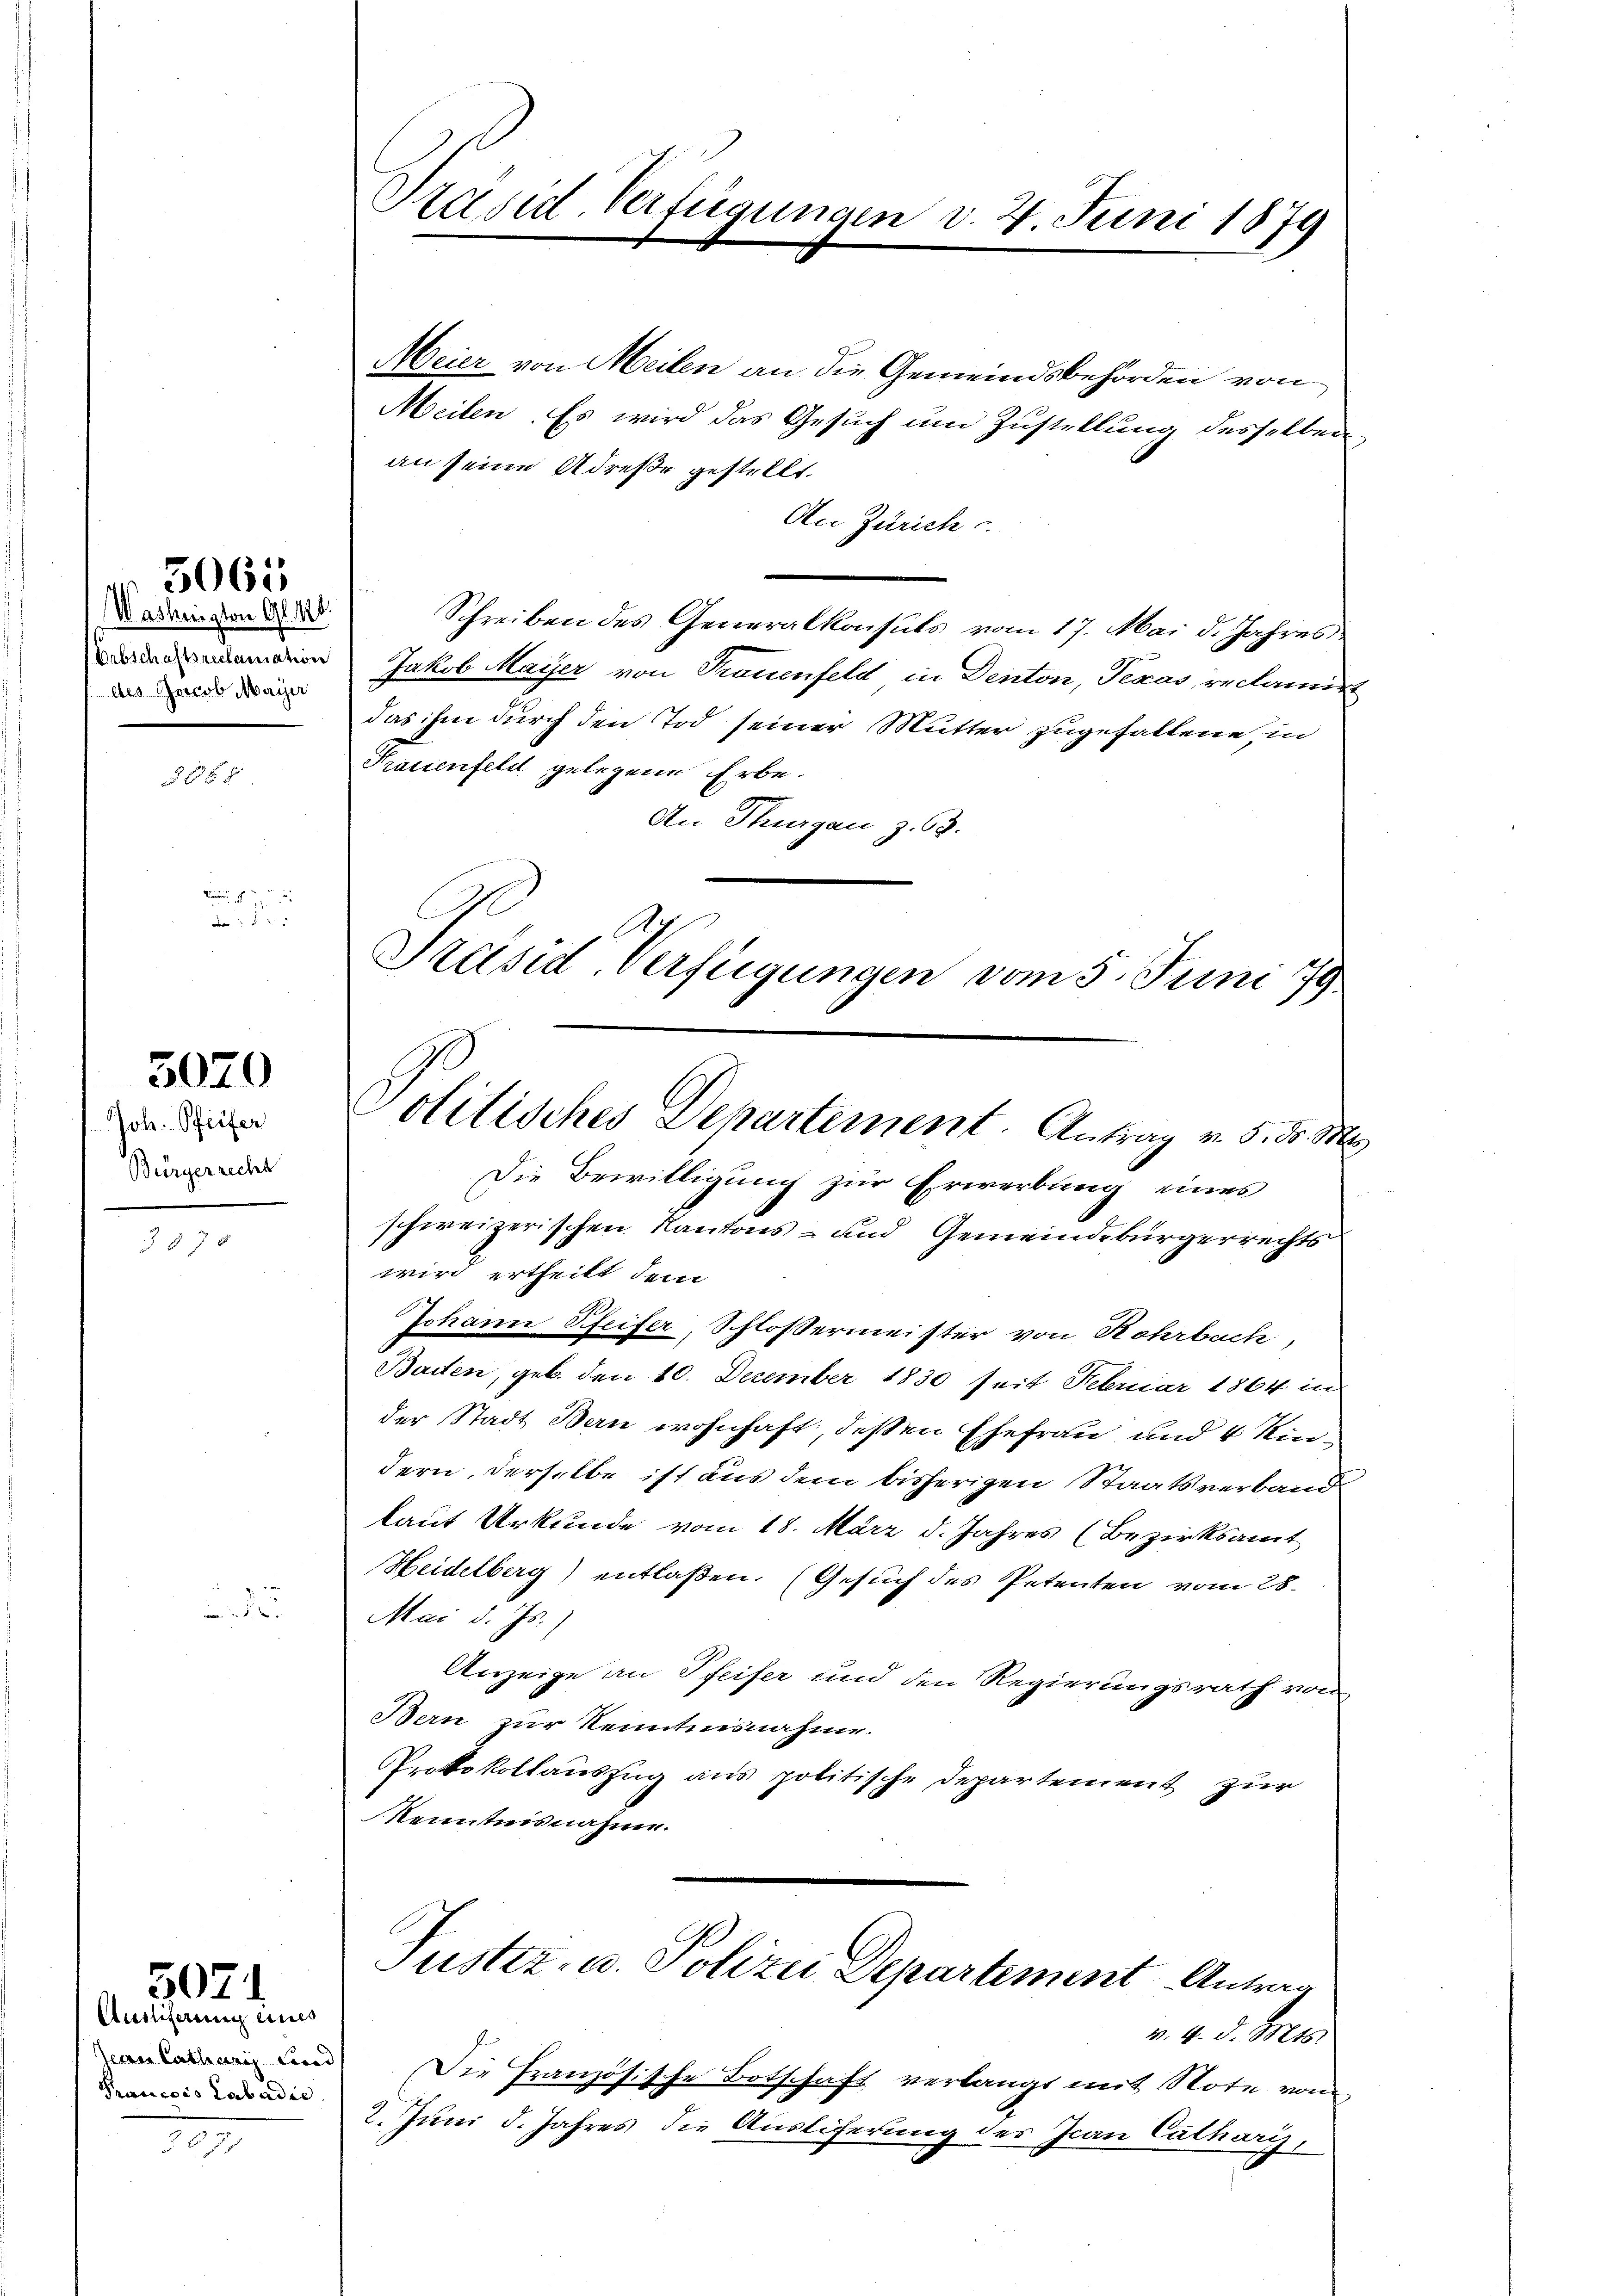
Washington Gl. 18
des Jacob Mayer

3065

308 x

3079

Joh. Pfeifer
Bürgerrecht

3878

2

5071.
Auslicherung mits

serren Catharis und
Prancois Labadie

27

Präsid. Verfügungen d. 4. Juni 1879

No
Präsid-Verfügungen vom 5. Juni 179
Politisches Departement. Antrag v. 5. d. M.

Meier von Meilen an die Gemeindsbehörden von
Meilen. Es wird das Gesuch um Zustellung desselben
an seine Adresse gestellt.
An Zürich c.
Schreiben des Generalkonsuls vom 17. Mai d. Jahres
amation Jakob Mayer von Trauenfeld in Deiton, Segas, reclamirt
das ihm durch den Tod seiner Mutter zugefallene, in
Prauenfeld gelegene Erbe.
An Thurgau z. 63.
Die Bewilligung zur Erwerbung eines
schweizerischen Kantons- und Gemeindebürgerrechts
wird ertheilt dem
Johann Pfeifer, Schloßermeister von Rohrbach,
Baiten, geb. den 10. December 1830 seit Februar 1864 in
der Stadt Bern wohnhaft, deßen Ehefrau, und 4 Kindern, derselbe ist aus dem bisherigen Staatsverband
laut Urkunde vom 18. März d. Jahres (Bezirksamt
Heidelberg) entlaßen. (Gesuch des Petenten vom 28.
Mai d. Js.)
Anzeige an Pfeifer und den Regierungsrath von
Bern zur Kenntnisnahme.
Protokollauszug aus politische Departement zur
Kenntnisnahme.
Justiz- u. Polizei Departement Antrag
v. 4. d. Mts.
Die Französische Botschaft verlangt mit Note von
2. Juni d. Jahres die Ausliferung des Jean Catharis,